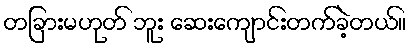
တခြားမဟုတ် ဘူး ဆေးကျောင်းတက်ခဲ့တယ်။